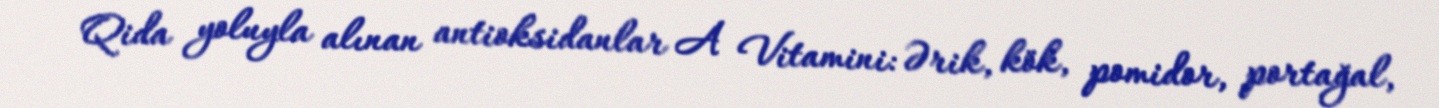
Qida yoluyla alınan antioksidanlar A Vitamini: Ərik, kök, pomidor, portağal,